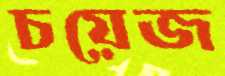
চয়েজ